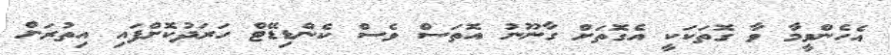
އެހެންވީމާ ވާ ގޮތަކަކީ އެގޮތަށް ގާނޫނު އޮތަސް ވެސް ކެންޑިޑޭޓް ހަރަދުކޮށްފައި އިތުރަށް